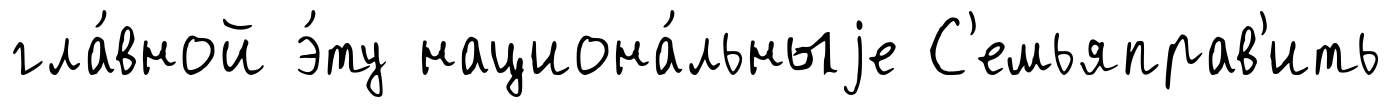
гла́вной э́ту национа́льныjе С'емьяправ'ить